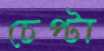
চেপ্টা